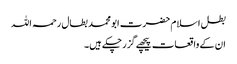
بطل اسلام حضرت ابو محمد بطال رحمہ اللہ​
ان کے واقعات پیچھے گزر چکے ہیں۔